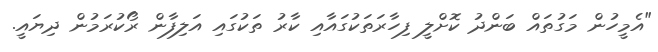
"އެމީހުން މަގުތައް ބަންދު ކޮށްލީ ފިހާރަތަކުގައާއި ކާރު ތަކުގައި އަލިފާން ރޯކުރަމުން ދިޔައީ.